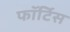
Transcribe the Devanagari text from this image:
फॉर्टिस